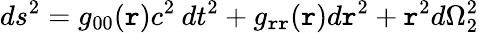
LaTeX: ds^{2}=g_{00}(\mathtt{r})c^{2}\: dt^{2}+g_{\mathtt{r}\mathtt{r}}(\mathtt{r})d\mathtt{r}^{2}+\mathtt{r}^{2}d\Omega_{2}^{2}